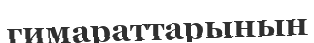
гимараттарынын